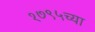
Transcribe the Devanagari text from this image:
१७९५च्या